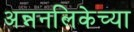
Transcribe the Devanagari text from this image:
अन्ननलिकेच्या